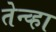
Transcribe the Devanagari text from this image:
तेन्व्हा